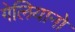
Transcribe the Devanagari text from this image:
गेलियानो